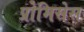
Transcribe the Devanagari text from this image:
प्रोमिसेस